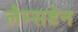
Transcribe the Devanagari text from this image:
लैम्सडेन